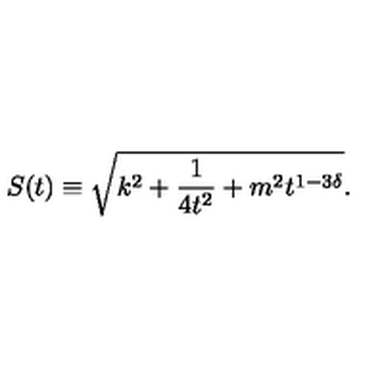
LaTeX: S ( t ) \equiv \sqrt { k ^ { 2 } + \frac { 1 } { 4 t ^ { 2 } } + m ^ { 2 } t ^ { 1 - 3 \delta } } .